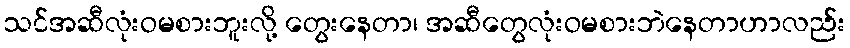
သင်အဆီလုံးဝမစားဘူးလို့ တွေးနေတာ၊ အဆီတွေလုံးဝမစားဘဲနေတာဟာလည်း